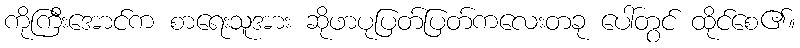
ကိုကြီးအောင်က စာရေးသူအား ဆိုဖာပုပြတ်ပြတ်ကလေးတခု ပေါ်တွင် ထိုင်စေ၏။